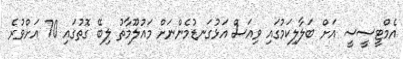
އެމްޓީސީސީ އަށް ބަލާލިކަމުގައި ވިއަސް އަޅުގަނޑުމެންނަށް މައުލޫމާތު ލިބޭ ގޮތުގައި 70 އަށްވުރެ